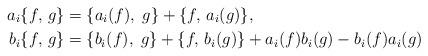
LaTeX: \begin{align*}a_i\{f, \, g\} &= \{a_i(f), \; g\} + \{f, \, a_i(g)\},\\b_i\{f, \, g\} &= \{b_i(f), \; g\} + \{f, \, b_i(g)\} + a_i(f) b_i(g) - b_i(f) a_i(g)\end{align*}